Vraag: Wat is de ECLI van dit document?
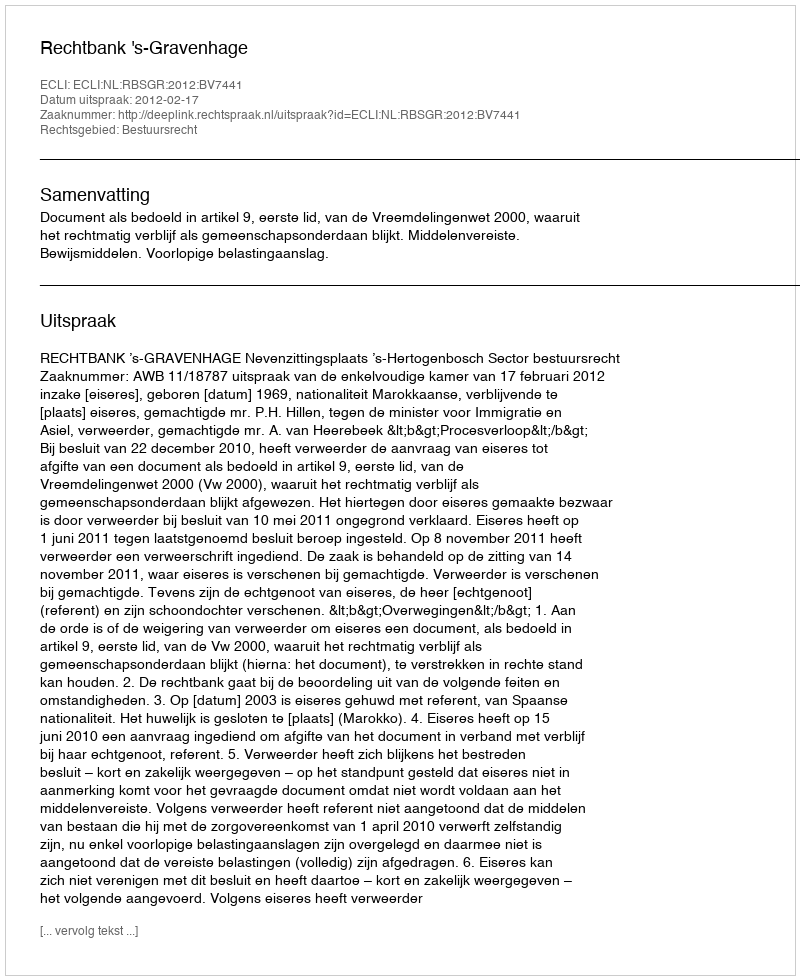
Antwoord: ECLI:NL:RBSGR:2012:BV7441